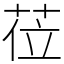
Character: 莅